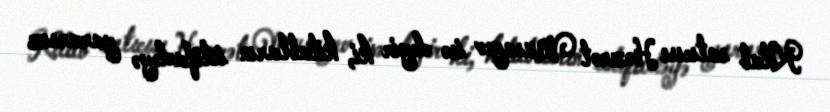
Kitab satıcısı Həzrət Musayev isə deyir ki, kitabların istifadəyə yararsız